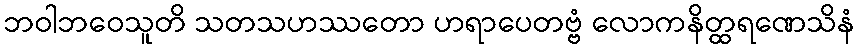
ဘဝါဘဝေသူတိ သတသဟဿတော ဟရာပေတဗ္ဗံ လောကနိတ္ထရဏေသိနံ